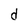
Character: d